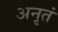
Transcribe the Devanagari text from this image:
अनृतं